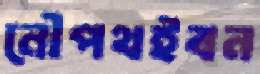
নৌপথইবন